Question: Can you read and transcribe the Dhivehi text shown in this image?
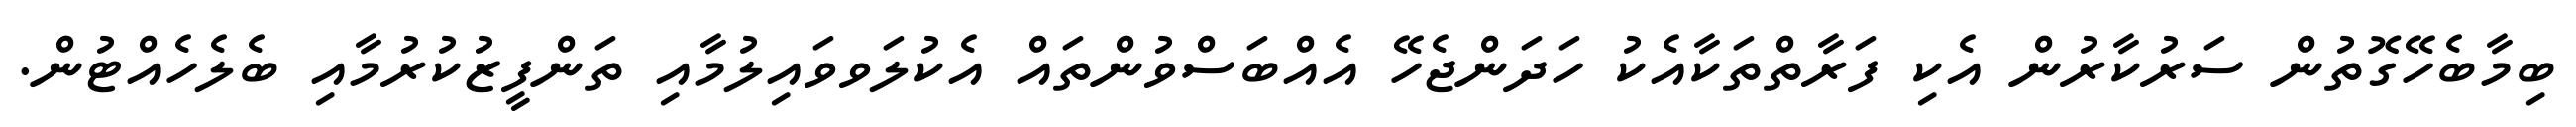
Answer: ބިމާބެހޭގޮތުން ސަރުކާރުން އެކި ފަރާތްތަކާއެކު ހަދަންޖެހޭ އެއްބަސްވުންތައް އެކުލަވވައިލުމާއި ތަންފީޒުކުރުމާއި ބެލެހެއްޓުން.